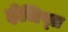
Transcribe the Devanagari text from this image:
ईजिप्‍त